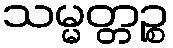
သမ္မတ္တဉ္စ